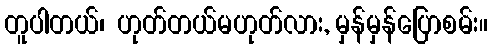
တူပါတယ်၊ ဟုတ်တယ်မဟုတ်လား, မှန်မှန်ပြောစမ်း။